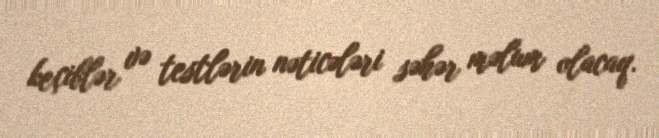
keçiblər və testlərin nəticələri səhər məlum olacaq.